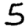
Digit: 5